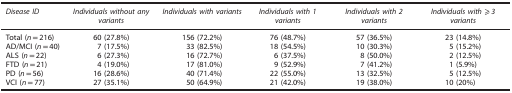
<table><thead><tr><td><b><i>Disease ID</i></b></td><td><b><i>Individuals without any variants</i></b></td><td><b><i>Individuals with variants</i></b></td><td><b><i>Individuals with 1 variants</i></b></td><td><b><i>Individuals with 2 variants</i></b></td><td><b><i>Individuals with ⩾3 variants</i></b></td></tr></thead><tbody><tr><td>Total (<i>n</i>=216)</td><td>60 (27.8%)</td><td>156 (72.2%)</td><td>76 (48.7%)</td><td>57 (36.5%)</td><td>23 (14.8%)</td></tr><tr><td>AD/MCI (<i>n</i>=40)</td><td>7 (17.5%)</td><td>33 (82.5%)</td><td>18 (54.5%)</td><td>10 (30.3%)</td><td>5 (15.2%)</td></tr><tr><td>ALS (<i>n</i>=22)</td><td>6 (27.3%)</td><td>16 (72.7%)</td><td>6 (37.5%)</td><td>8 (50.0%)</td><td>2 (12.5%)</td></tr><tr><td>FTD (<i>n</i>=21)</td><td>4 (19.0%)</td><td>17 (81.0%)</td><td>9 (52.9%)</td><td>7 (41.2%)</td><td>1 (5.9%)</td></tr><tr><td>PD (<i>n</i>=56)</td><td>16 (28.6%)</td><td>40 (71.4%)</td><td>22 (55.0%)</td><td>13 (32.5%)</td><td>5 (12.5%)</td></tr><tr><td>VCI (<i>n</i>=77)</td><td>27 (35.1%)</td><td>50 (64.9%)</td><td>21 (42.0%)</td><td>19 (38.0%)</td><td>10 (20%)</td></tr></tbody></table>